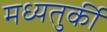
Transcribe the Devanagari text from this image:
मध्यतुर्की